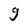
Character: g